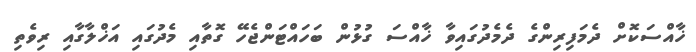
ޚާއްސަކޮށް ދެމަފިރިންގެ ދެމެދުގައިވާ ޚާއްސަ ގުޅުން ބަހައްޓަންޖެހޭ ގޮތާއި މެދުގައި އަޚްލާގާއި ރިވެތި